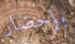
بإحضار